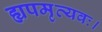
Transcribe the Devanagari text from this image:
ह्यपमृत्यवः।